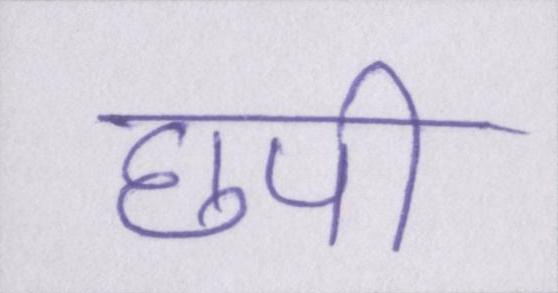
छपी